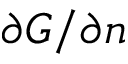
\partial G / \partial n